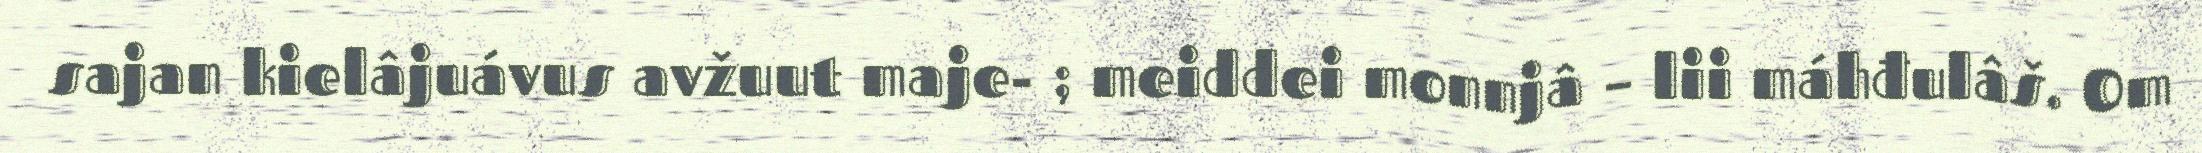
sajan kielâjuávus avžuut maje- ; meiddei monnjâ – lii máhđulâš. Om